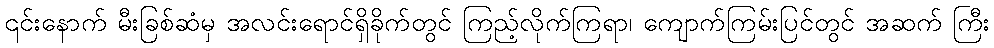
၎င်းနောက် မီးခြစ်ဆံမှ အလင်းရောင်ရှိခိုက်တွင် ကြည့်လိုက်ကြရာ၊ ကျောက်ကြမ်းပြင်တွင် အဆက် ကြီး